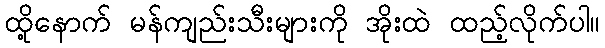
ထို့နောက် မန်ကျည်းသီးများကို အိုးထဲ ထည့်လိုက်ပါ။